Annual administration report of the Civil Veterinary Department, Ajmere-Merwara, British Rajputana - 1914-1940
Year: 1914
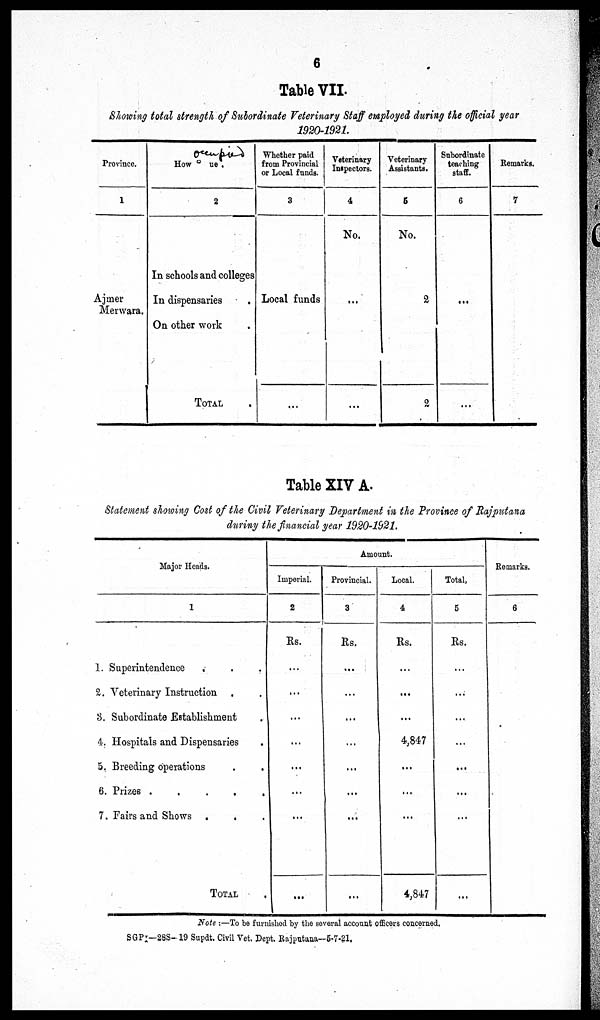
6
Table VII.
Showing total strength of Subordinate Veterinary Staff employed during the official year
1920-1921.
Province.
1
Ajmer
Merwara.
How
ue.
2
In schools and colleges
In dispensaries .
On other work .
TOTAL .
Whether paid
from Provincial
or Local funds.
3
Local funds
...
Veterinary
Inspectors.
4
No.
...
...
Veterinary
Assistants.
5
No.
2
2
Subordinate
teaching
staff.
6
...
...
Remarks.
7
Table XIV A.
Statement showing Cost of the Civil Veterinary Department in the Province of Rajputana
during the financial year 1920-1921.
Major Heads.
1
1. Superintendence . . .
2. Veterinary Instruction . .
3. Subordinate Establishment .
4. Hospitals and Dispensaries .
5. Breeding operations . .
6. Prizes .
.
.
.
.
7. Fairs and Shows . . .
TOTAL .
Amount.
Imperial.
2
Rs.
...
...
...
...
...
...
...
...
Provincial.
3
Rs.
...
...
...
...
...
...
...
...
Local.
4
Rs.
...
...
...
4,847
...
...
...
4,847
Total,
5
Rs.
...
...
...
...
...
...
...
...
Remarks.
6
Note:—To be furnished by the several account officers concerned.
SGPI—28S-19 Supdt. Civil Vet. Dept. Rajputana—5-7-21.